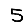
Digit: 5